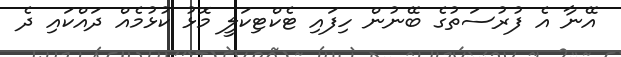
އޭނާ އެ ފުރުސަތުގެ ބޭނުން ހިފައި ޓެކްޓިކަލީ މޮޅު ކުޅުމެއް ދައްކައި ދެ